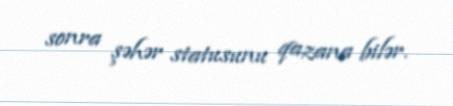
sonra şəhər statusunu qazana bilər.